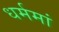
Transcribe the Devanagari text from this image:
धर्ममां